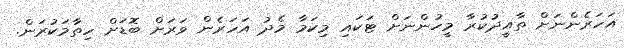
އަހަރެންނަށް ތާއީދުކުރާ މީހުންނަށް ޓަކައި މިކަމާ މެދު އަހަރެން ވަރަށް ބޮޑަށް ހިތާމަކުރަން.